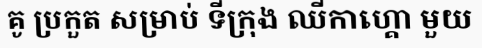
គូ ប្រកួត សម្រាប់ ទីក្រុង ឈីកាហ្គោ មួយ